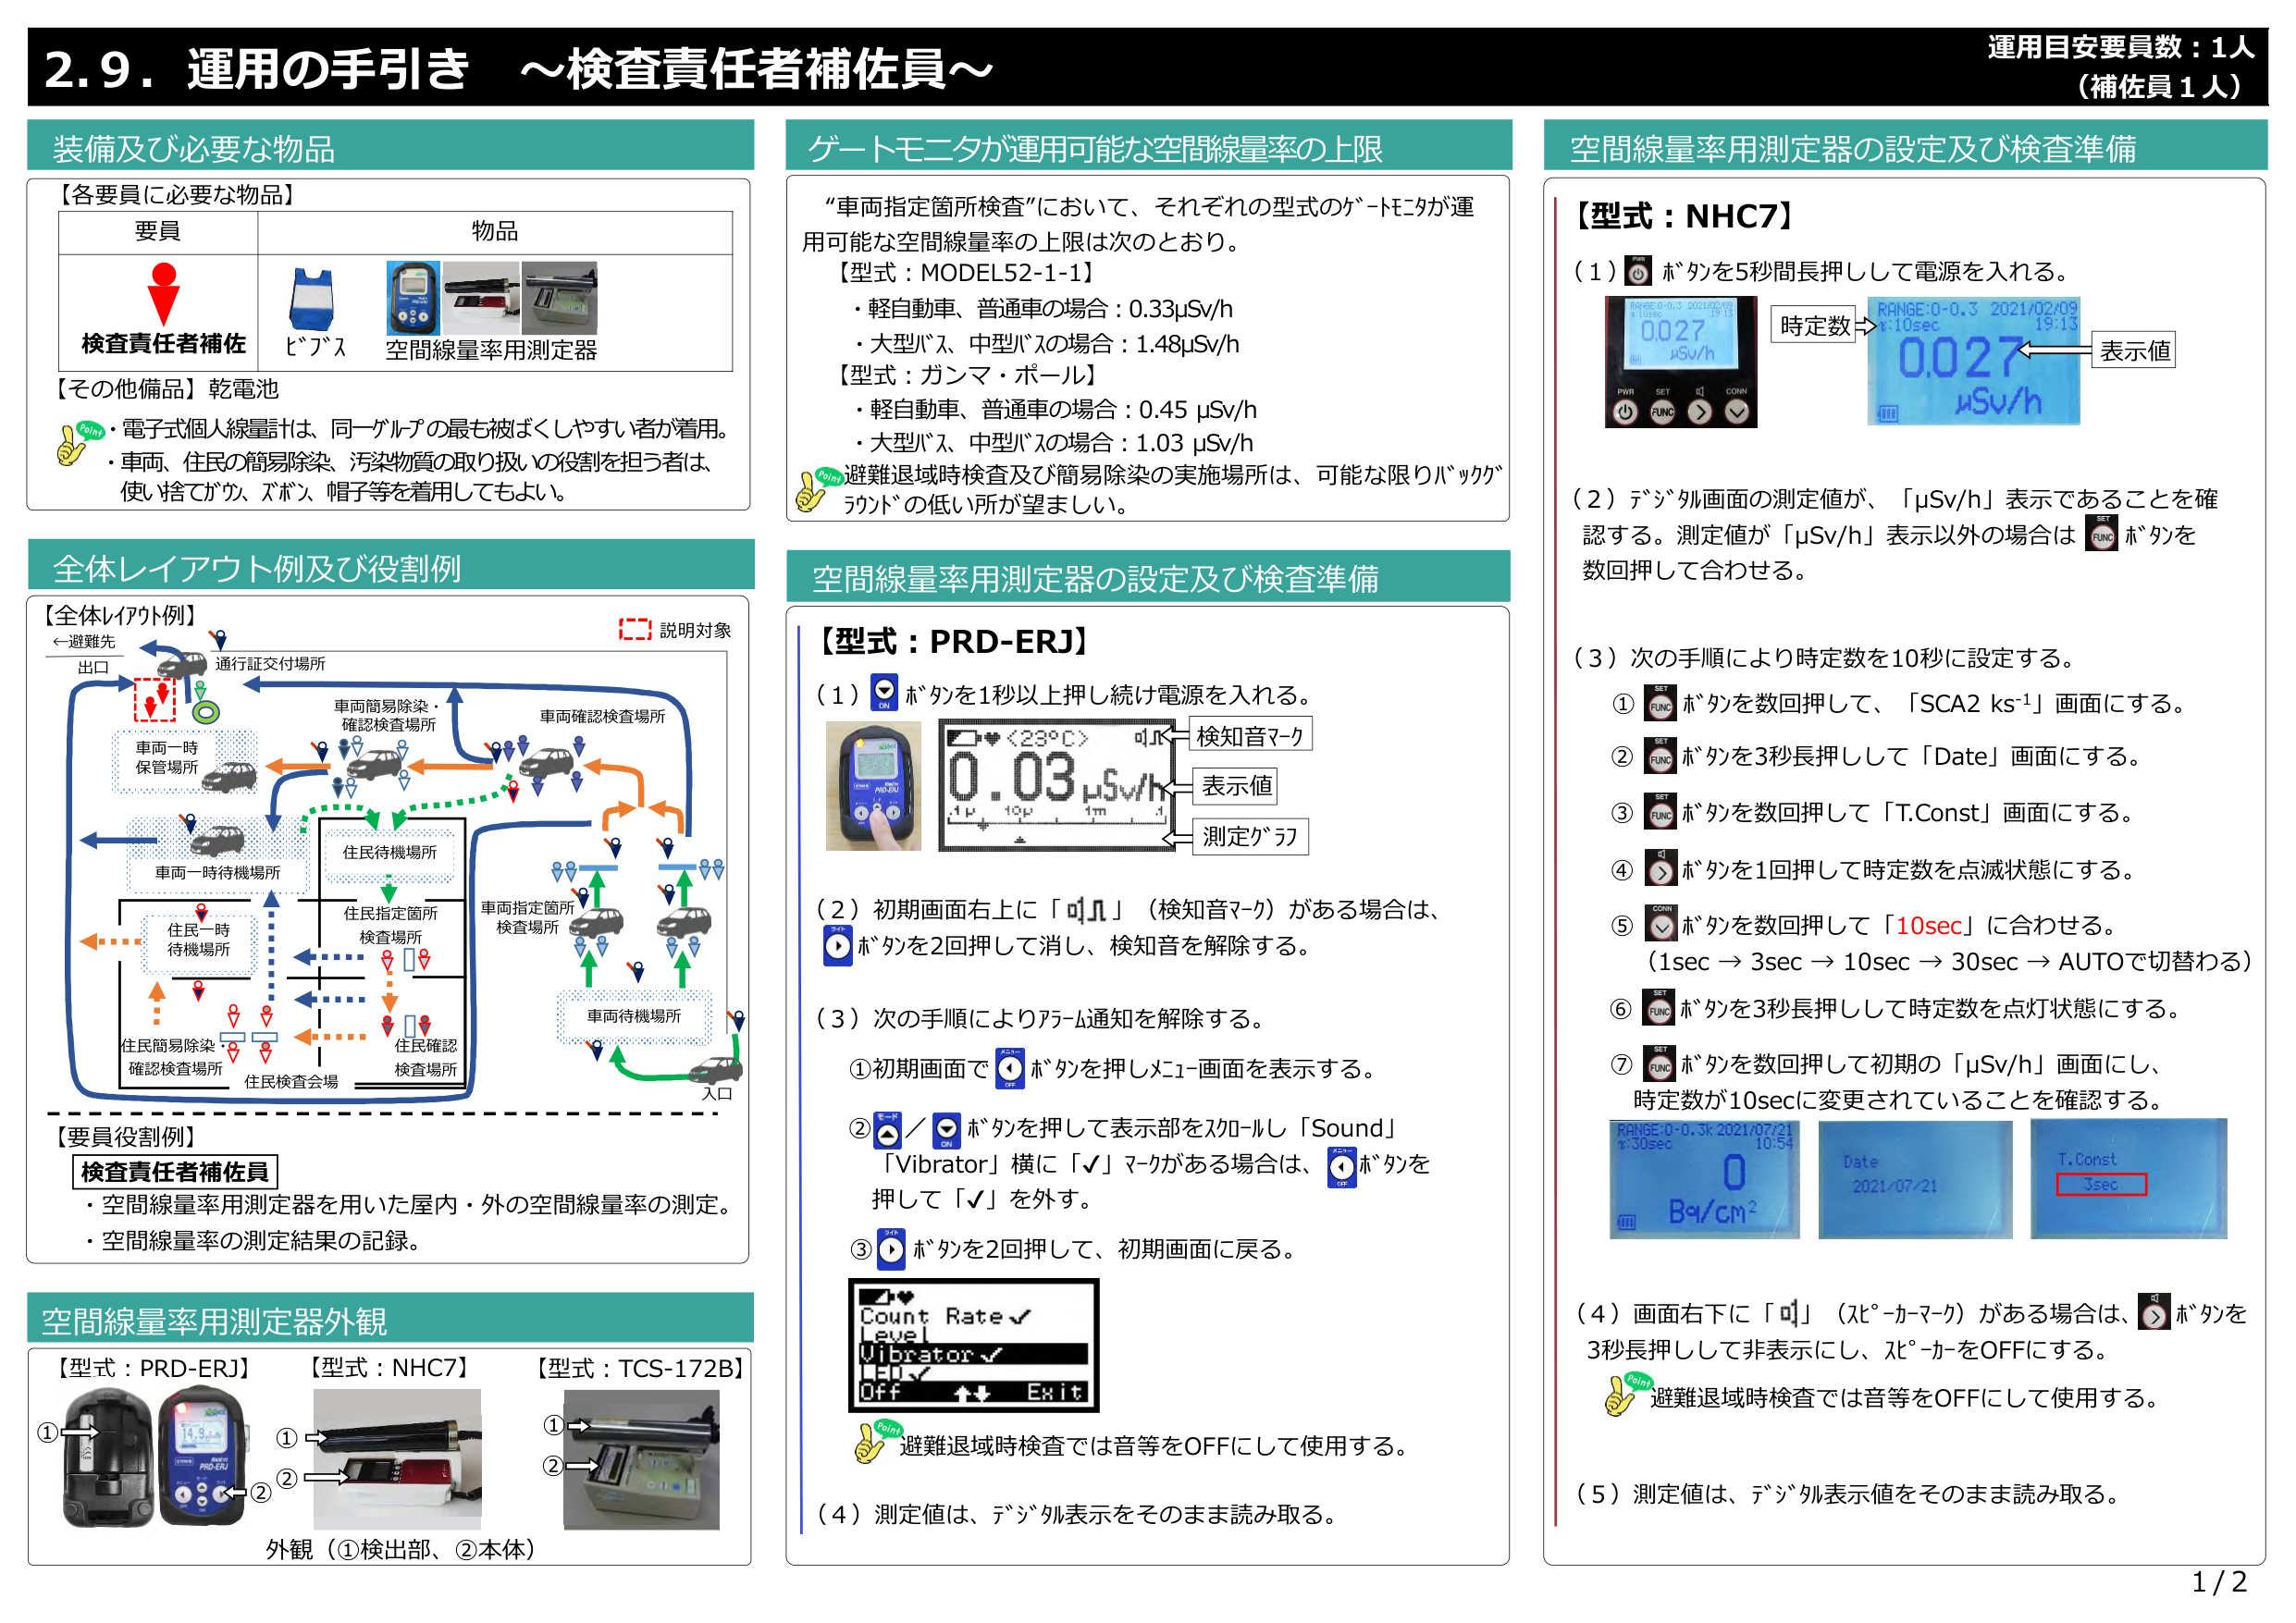
2.9. 運用の手引き ～検査責任者補佐員～

運用目安要員数：1人
（補佐員1人）

装備及び必要な物品

【各要員に必要な物品】
要員　　　　　　　　　　　物品
　　　　　　　　　　　　　ビブス　空間線量率用測定器
検査責任者補佐

【その他備品】乾電池
・電子式個人線量計は、同一グループの最も被ばくしやすい者が着用。
・車両、住民の簡易除染、汚染物質の取り扱いの役割を担う者は、
　使い捨てグローブ、ズボン、帽子等を着用してもよい。

ゲートモニタが運用可能な空間線量率の上限

“車両指定箇所検査”において、それぞれの型式のゲートモニタが運用可能な空間線量率の上限は次のとおり。
【型式：MODEL52-1-1】
・軽自動車、普通車の場合：0.33μSv/h
・大型バス、中型バスの場合：1.48μSv/h
【型式：ガンマ・ポール】
・軽自動車、普通車の場合：0.45 μSv/h
・大型バス、中型バスの場合：1.03 μSv/h
避難退域時検査及び簡易除染の実施場所は、可能な限りバックグラウンドの低い所が望ましい。

空間線量率用測定器の設定及び検査準備

【型式：NHC7】
（1）ボタンを5秒間長押しして電源を入れる。
　　　　RANGE:0-0.3 2021/02/09
　　　　t:10sec　　　　　19:13
　　　　0.027
　　　　μSv/h
　　　　時定数　→　表示値

（2）デジタル画面の測定値が、「μSv/h」表示であることを確認する。測定値が「μSv/h」表示以外の場合は、ボタンを数回押して合わせる。

（3）次の手順により時定数を10秒に設定する。
　① ボタンを数回押して、「SCA2 ks⁻¹」画面にする。
　② ボタンを3秒長押しして「Date」画面にする。
　③ ボタンを数回押して「T.Const」画面にする。
　④ ボタンを1回押して時定数を点滅状態にする。
　⑤ ボタンを数回押して「10sec」に合わせる。
　　　（1sec → 3sec → 10sec → 30sec → AUTOで切替る）
　⑥ ボタンを3秒長押しして時定数を点灯状態にする。
　⑦ ボタンを数回押して初期の「μSv/h」画面にし、
　　　時定数が10secに変更されていることを確認する。
　　　RANGE:0-0.3k 2021/07/21
　　　t:30sec　　　　　10:54
　　　0
　　　Bq/cm²
　　　Date
　　　2021/07/21
　　　T.Const
　　　3sec

（4）画面右下に「♪」（スピーカーマーク）がある場合は、ボタンを3秒長押しして非表示にし、スピーカーをOFFにする。
　　Point：避難退域時検査では音等をOFFにして使用する。

（5）測定値は、デジタル表示値をそのまま読み取る。

全体レイアウト例及び役割例

【全体レイアウト例】
←避難先
出口　　　　　　　通行証交付場所